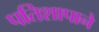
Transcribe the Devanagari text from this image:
पतिशापाने